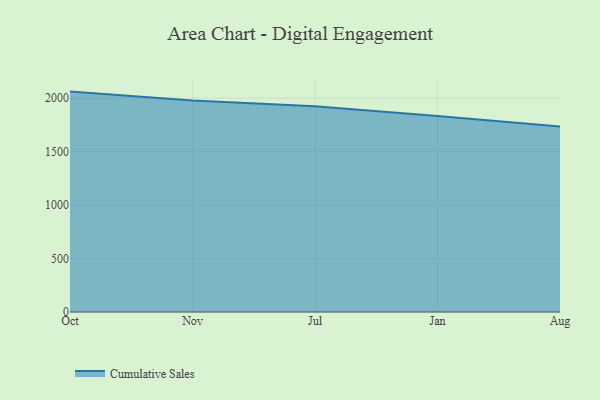
{"axis": {"x": "Month", "y": "Shipments"}, "legend": ["Cumulative Sales"], "data": [{"x": "Oct", "y": 2061.3, "type": "Cumulative Sales"}, {"x": "Nov", "y": 1978.8, "type": "Cumulative Sales"}, {"x": "Jul", "y": 1923.7, "type": "Cumulative Sales"}, {"x": "Jan", "y": 1834.1, "type": "Cumulative Sales"}, {"x": "Aug", "y": 1733.8, "type": "Cumulative Sales"}]}